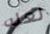
لعله